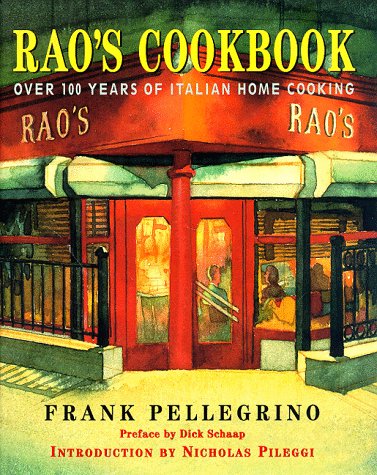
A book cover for Rao's Cookbook: Over 100 Years of Italian Home Cooking; Frank Pellegrino; Cookbooks, Food & Wine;